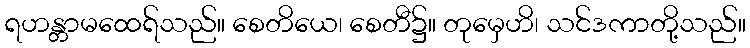
ရဟန္တာမထေရ်သည်။ စေတိယေ၊ စေတီ၌။ တုမှေဟိ၊ သင်ဒကာတို့သည်။